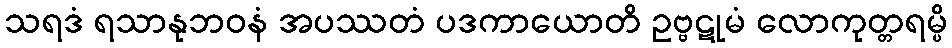
သရဒံ ရသာနုဘဝနံ အပဿတံ ပဒကာယောတိ ဥဗ္ဗဋုမံ လောကုတ္တရမ္ပိ